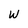
Character: w